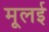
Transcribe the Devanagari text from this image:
मूलई